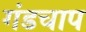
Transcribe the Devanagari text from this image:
गंडचाप